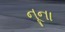
નૂના